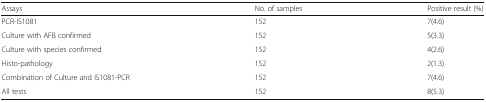
<table><thead><tr><td><b>Assays</b></td><td><b>No. of samples</b></td><td><b>Positive result (%)</b></td></tr></thead><tbody><tr><td>PCR-IS1081</td><td>152</td><td>7(4.6)</td></tr><tr><td>Culture with AFB confirmed</td><td>152</td><td>5(3.3)</td></tr><tr><td>Culture with species confirmed</td><td>152</td><td>4(2.6)</td></tr><tr><td>Histo-pathology</td><td>152</td><td>2(1.3)</td></tr><tr><td>Combination of Culture and IS1081-PCR</td><td>152</td><td>7(4.6)</td></tr><tr><td>All tests</td><td>152</td><td>8(5.3)</td></tr></tbody></table>